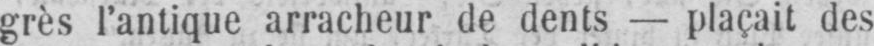
grès l’antique arracheur de dents - plaçait des